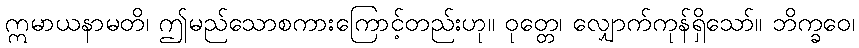
ဣမာယနာမတိ၊ ဤမည်သောစကားကြောင့်တည်းဟု။ ဝုတ္တေ၊ လျှောက်ကုန်ရှိသော်။ ဘိက္ခဝေ၊